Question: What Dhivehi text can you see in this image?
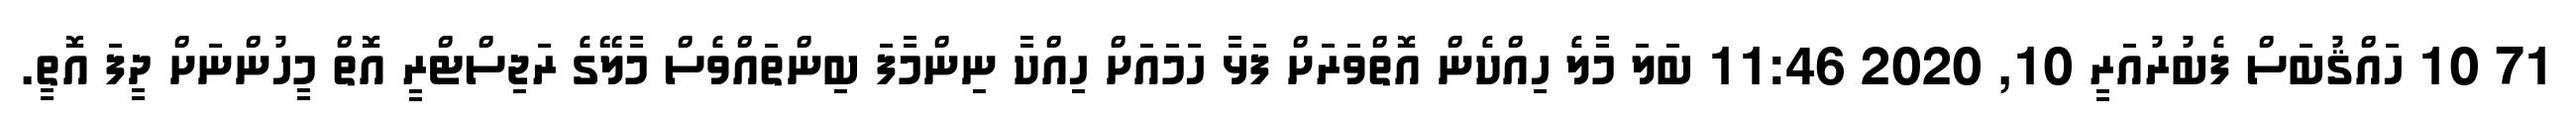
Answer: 71 10 ހައްޤުބަސް ފެބުރުއަރީ 10, 2020 11:46 ބަލަ މާލެ ހިއްކެން އޮތްވަރަށް ފަޅާ ހަމައަށް ހިއްކާ ނިންމާފަ ބިންތައްވެސް މާލޭގެ ރަޖިސްޓްރީ އޮތް މީހުންނަށް ދީފަ އޮތީ.